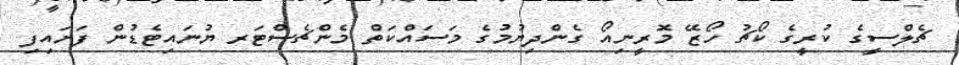
ޗެލްސީގެ ކުރީގެ ކޯޗު ހޯޒޭ މޮރީނިއޯ ގެންދިޔުމުގެ މަސައްކަތް މެންޗެސްޓަރ ޔުނައިޓެޑުން ފަށައިފި